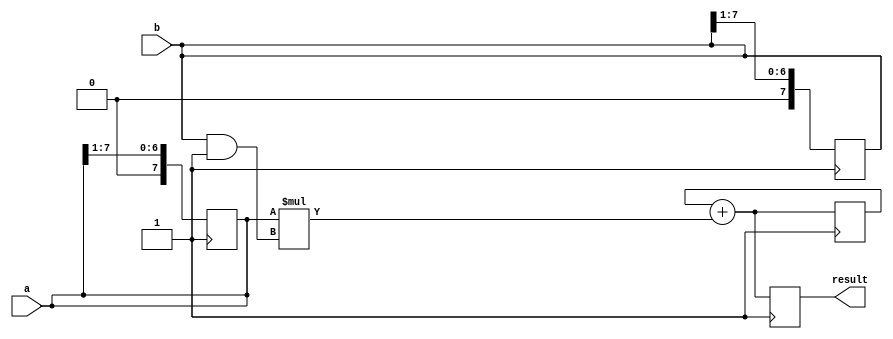
module carry_save_multiplier (
    input [7:0] a,
    input [7:0] b,
    output reg [15:0] result
);

reg [7:0] partial_product;
reg [15:0] accumulator;

always @(posedge clk) begin
    // Partial products calculation
    partial_product = a * (b & 1);
    accumulator = accumulator + partial_product;

    // Shift and add algorithm
    a = a >> 1;
    b = b >> 1;

    // Accumulation of results
    result = accumulator;
end

endmodule